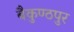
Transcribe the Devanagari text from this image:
बैकुण्ठपुर